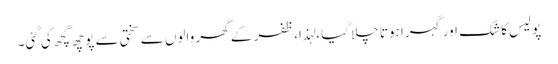
پولیس کا شک اور گہرا ہوتا چلا گیا،لہذا، ظفر کے گھر والوں سے سختی سے پوچھ گچھ کی گئی۔